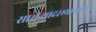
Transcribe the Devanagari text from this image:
सामन्यादरम्यानच्या